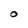
Character: O